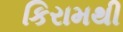
કિરામથી